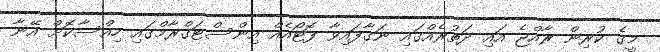
މީގެ ކުރިން ރާއްޖެ އައި ދަތުރެއްގައި ނަގާފައިވާ ފޮޓޯއެއް އިންސްޓަގްރާމްގައި ހިއްސާކޮށް އޭނާ